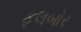
ફૂલબોર